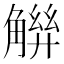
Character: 𧤋